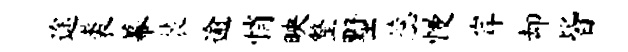
途裘幕裴逾悄映整墅蕊慢岸却皆